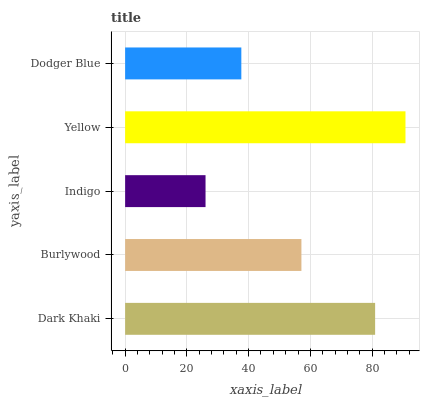
| yaxis_label | bars |
 | --- | --- |
 | Dark Khaki | 81 |
 | Burlywood | 57.1 |
 | Indigo | 26 |
 | Yellow | 90.8 |
 | Dodger Blue | 37.6 |